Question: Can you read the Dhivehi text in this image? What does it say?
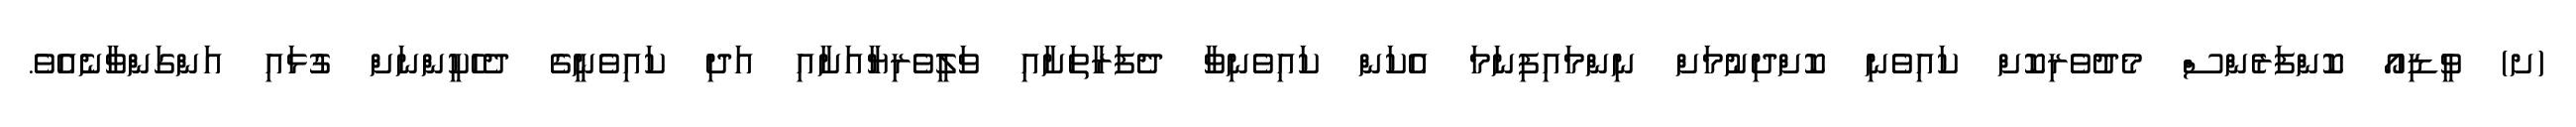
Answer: (ށ) ވީޑިއޯ ކޮންފަރެންސް މެދުވެރިކޮށް ކައިވެނި ކޮށްދިނުމަށް ނިންމައިފިނަމަ އެކަން ކައިވެނިވާ ދެފަރާތަށާއި ވަލީވެރިޔާއަށާއި އަދި ކައިވެނީގެ ދެހެކީންނަށް ގުޅައި އަންގަންވާނެއެވެ.